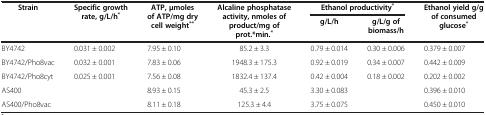
<table><thead><tr><td rowspan="2"><b>Strain</b></td><td rowspan="2"><b>Specific growth rate, g/L/h<sup>*</sup></b></td><td rowspan="2"><b>ATP, μmoles of ATP/mg dry cell weight<sup>**</sup></b></td><td rowspan="2"><b>Alcaline phosphatase activity, nmoles of product/mg of prot.*min.<sup>*</sup></b></td><td colspan="2"><b>Ethanol productivity<sup>*</sup></b></td><td rowspan="2"><b>Ethanol yield g/g of consumed glucose<sup>*</sup></b></td></tr><tr><td><b>g/L/h</b></td><td><b>g/L/g of biomass/h</b></td></tr></thead><tbody><tr><td>BY4742</td><td>0.031 ± 0.002</td><td>7.95 ± 0.10</td><td>85.2 ± 3.3</td><td>0.79 ± 0.014</td><td>0.30 ± 0.006</td><td>0.379 ± 0.007</td></tr><tr><td>BY4742/Pho8vac</td><td>0.032 ± 0.001</td><td>7.83 ± 0.06</td><td>1948.3 ± 175.3</td><td>0.92 ± 0.019</td><td>0.34 ± 0.007</td><td>0.442 ± 0.009</td></tr><tr><td>BY4742/Pho8cyt</td><td>0.025 ± 0.001</td><td>7.56 ± 0.08</td><td>1832.4 ± 137.4</td><td>0.42 ± 0.004</td><td>0.18 ± 0.002</td><td>0.202 ± 0.002</td></tr><tr><td>AS400</td><td> </td><td>8.93 ± 0.15</td><td>45.3 ± 2.5</td><td>3.30 ± 0.083</td><td> </td><td>0.396 ± 0.010</td></tr><tr><td>AS400/Pho8vac</td><td> </td><td>8.11 ± 0.18</td><td>125.3 ± 4.4</td><td>3.75 ± 0.075</td><td> </td><td>0.450 ± 0.010</td></tr></tbody></table>